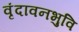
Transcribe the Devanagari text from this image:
वृंदावनभुवि